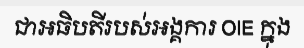
ជាអធិបតីរបស់អង្គការ OIE ក្នុង